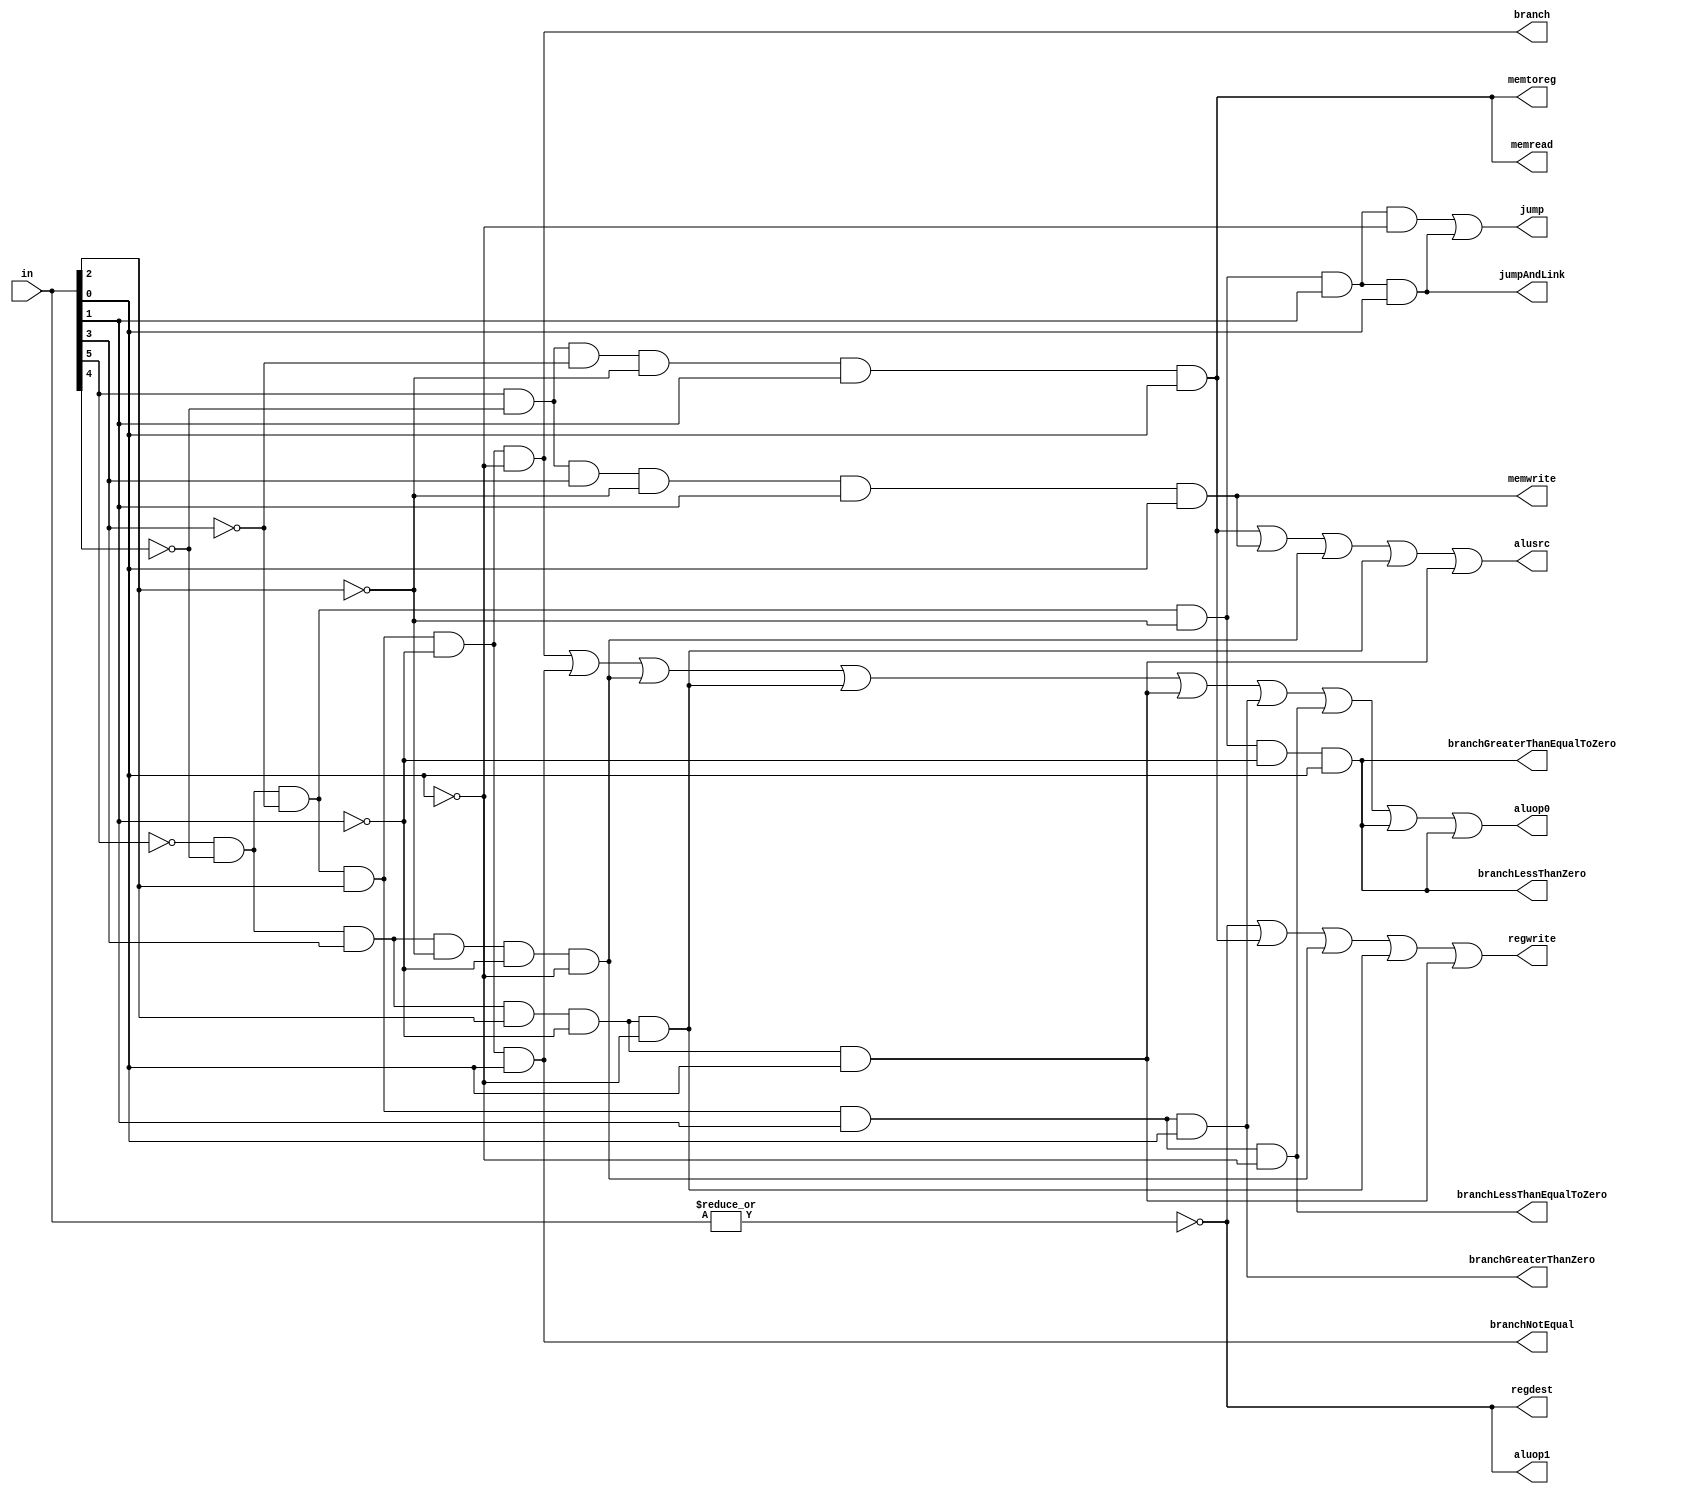
module control(in,regdest,alusrc,memtoreg,regwrite,memread,memwrite,branch,aluop1,aluop0,branchNotEqual,jump,jumpAndLink,
	branchGreaterThanZero,branchLessThanZero,branchLessThanEqualToZero,branchGreaterThanEqualToZero);
input [5:0] in;
output regdest,alusrc,memtoreg,regwrite,memread,memwrite,branch,aluop1,aluop0,branchNotEqual,jump,jumpAndLink,
branchGreaterThanZero,branchLessThanZero,branchLessThanEqualToZero,branchGreaterThanEqualToZero;////I added
wire rformat,lw,sw,beq,bne,addi,andi,ori,j,jal,bgtz,blez,bltz,bgez;
assign rformat=~|in;
assign lw=in[5]& (~in[4])&(~in[3])&(~in[2])&in[1]&in[0];
assign sw=in[5]& (~in[4])&in[3]&(~in[2])&in[1]&in[0];
assign beq=~in[5]& (~in[4])&(~in[3])&in[2]&(~in[1])&(~in[0]);
assign bne=~in[5]& (~in[4])&(~in[3])&in[2]&(~in[1])&in[0] ;//I added
assign j= ~in[5]& (~in[4])&(~in[3])&(~in[2])&in[1]&(~in[0]) ;//I added
assign addi= ~in[5]& (~in[4])&in[3]&(~in[2])&(~in[1])&(~in[0]) ;//I added
assign andi = ~in[5]& (~in[4])&in[3]&in[2]&~(in[1])&~(in[0]) ;//I added
assign ori =  ~in[5]& (~in[4])&in[3]&in[2]&(~in[1])&in[0] ;//I added
assign jal  = ~in[5]& (~in[4])&(~in[3])&(~in[2])&in[1]&in[0];//I added
assign bgtz =  ~in[5]& (~in[4])&(~in[3])&in[2]&in[1]&in[0];//I added
assign blez =  ~in[5]& (~in[4])&(~in[3])&in[2]&in[1]&(~in[0]);//I added
assign bltz =  ~in[5]& (~in[4])&(~in[3])&(~in[2])&(~in[1])&in[0];//I added
assign bgez =  ~in[5]& (~in[4])&(~in[3])&(~in[2])&(~in[1])&in[0];//I added
assign branchGreaterThanZero = bgtz ;//I added
assign branchLessThanEqualToZero = blez;//I added
assign branchLessThanZero = bltz;//I added
assign branchGreaterThanEqualToZero =bgez ;//I added
assign regdest=rformat;
assign alusrc=lw|sw|addi|andi|ori;//I added for addi,andi,ori
assign memtoreg=lw;
assign regwrite=rformat|lw|addi|andi|ori;//I added for addi,andi,ori
assign memread=lw;
assign memwrite=sw;
assign branch=beq;
assign aluop1=rformat;
assign aluop0=beq|bne|addi|andi|ori|bgtz|blez|bltz|bgez;// I added for bne,addi,andi,ori,bgtz,bltz,bgez,blez
assign branchNotEqual=bne;//I added
assign jump=j|jal;//I added
assign jumpAndLink = jal ;//I added
endmodule